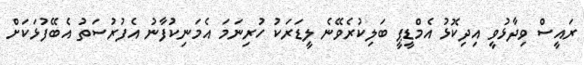
ރައީސް ވިދާޅުވީ އިދިކޮޅު އެމްޑީޕީ ބަލިކުރެވޭނެ ލީޑަރަކު ހުރިނަމަ އެމަނިކުފާނު އެފުރުސަތު އެބޭފުޅަކަށް